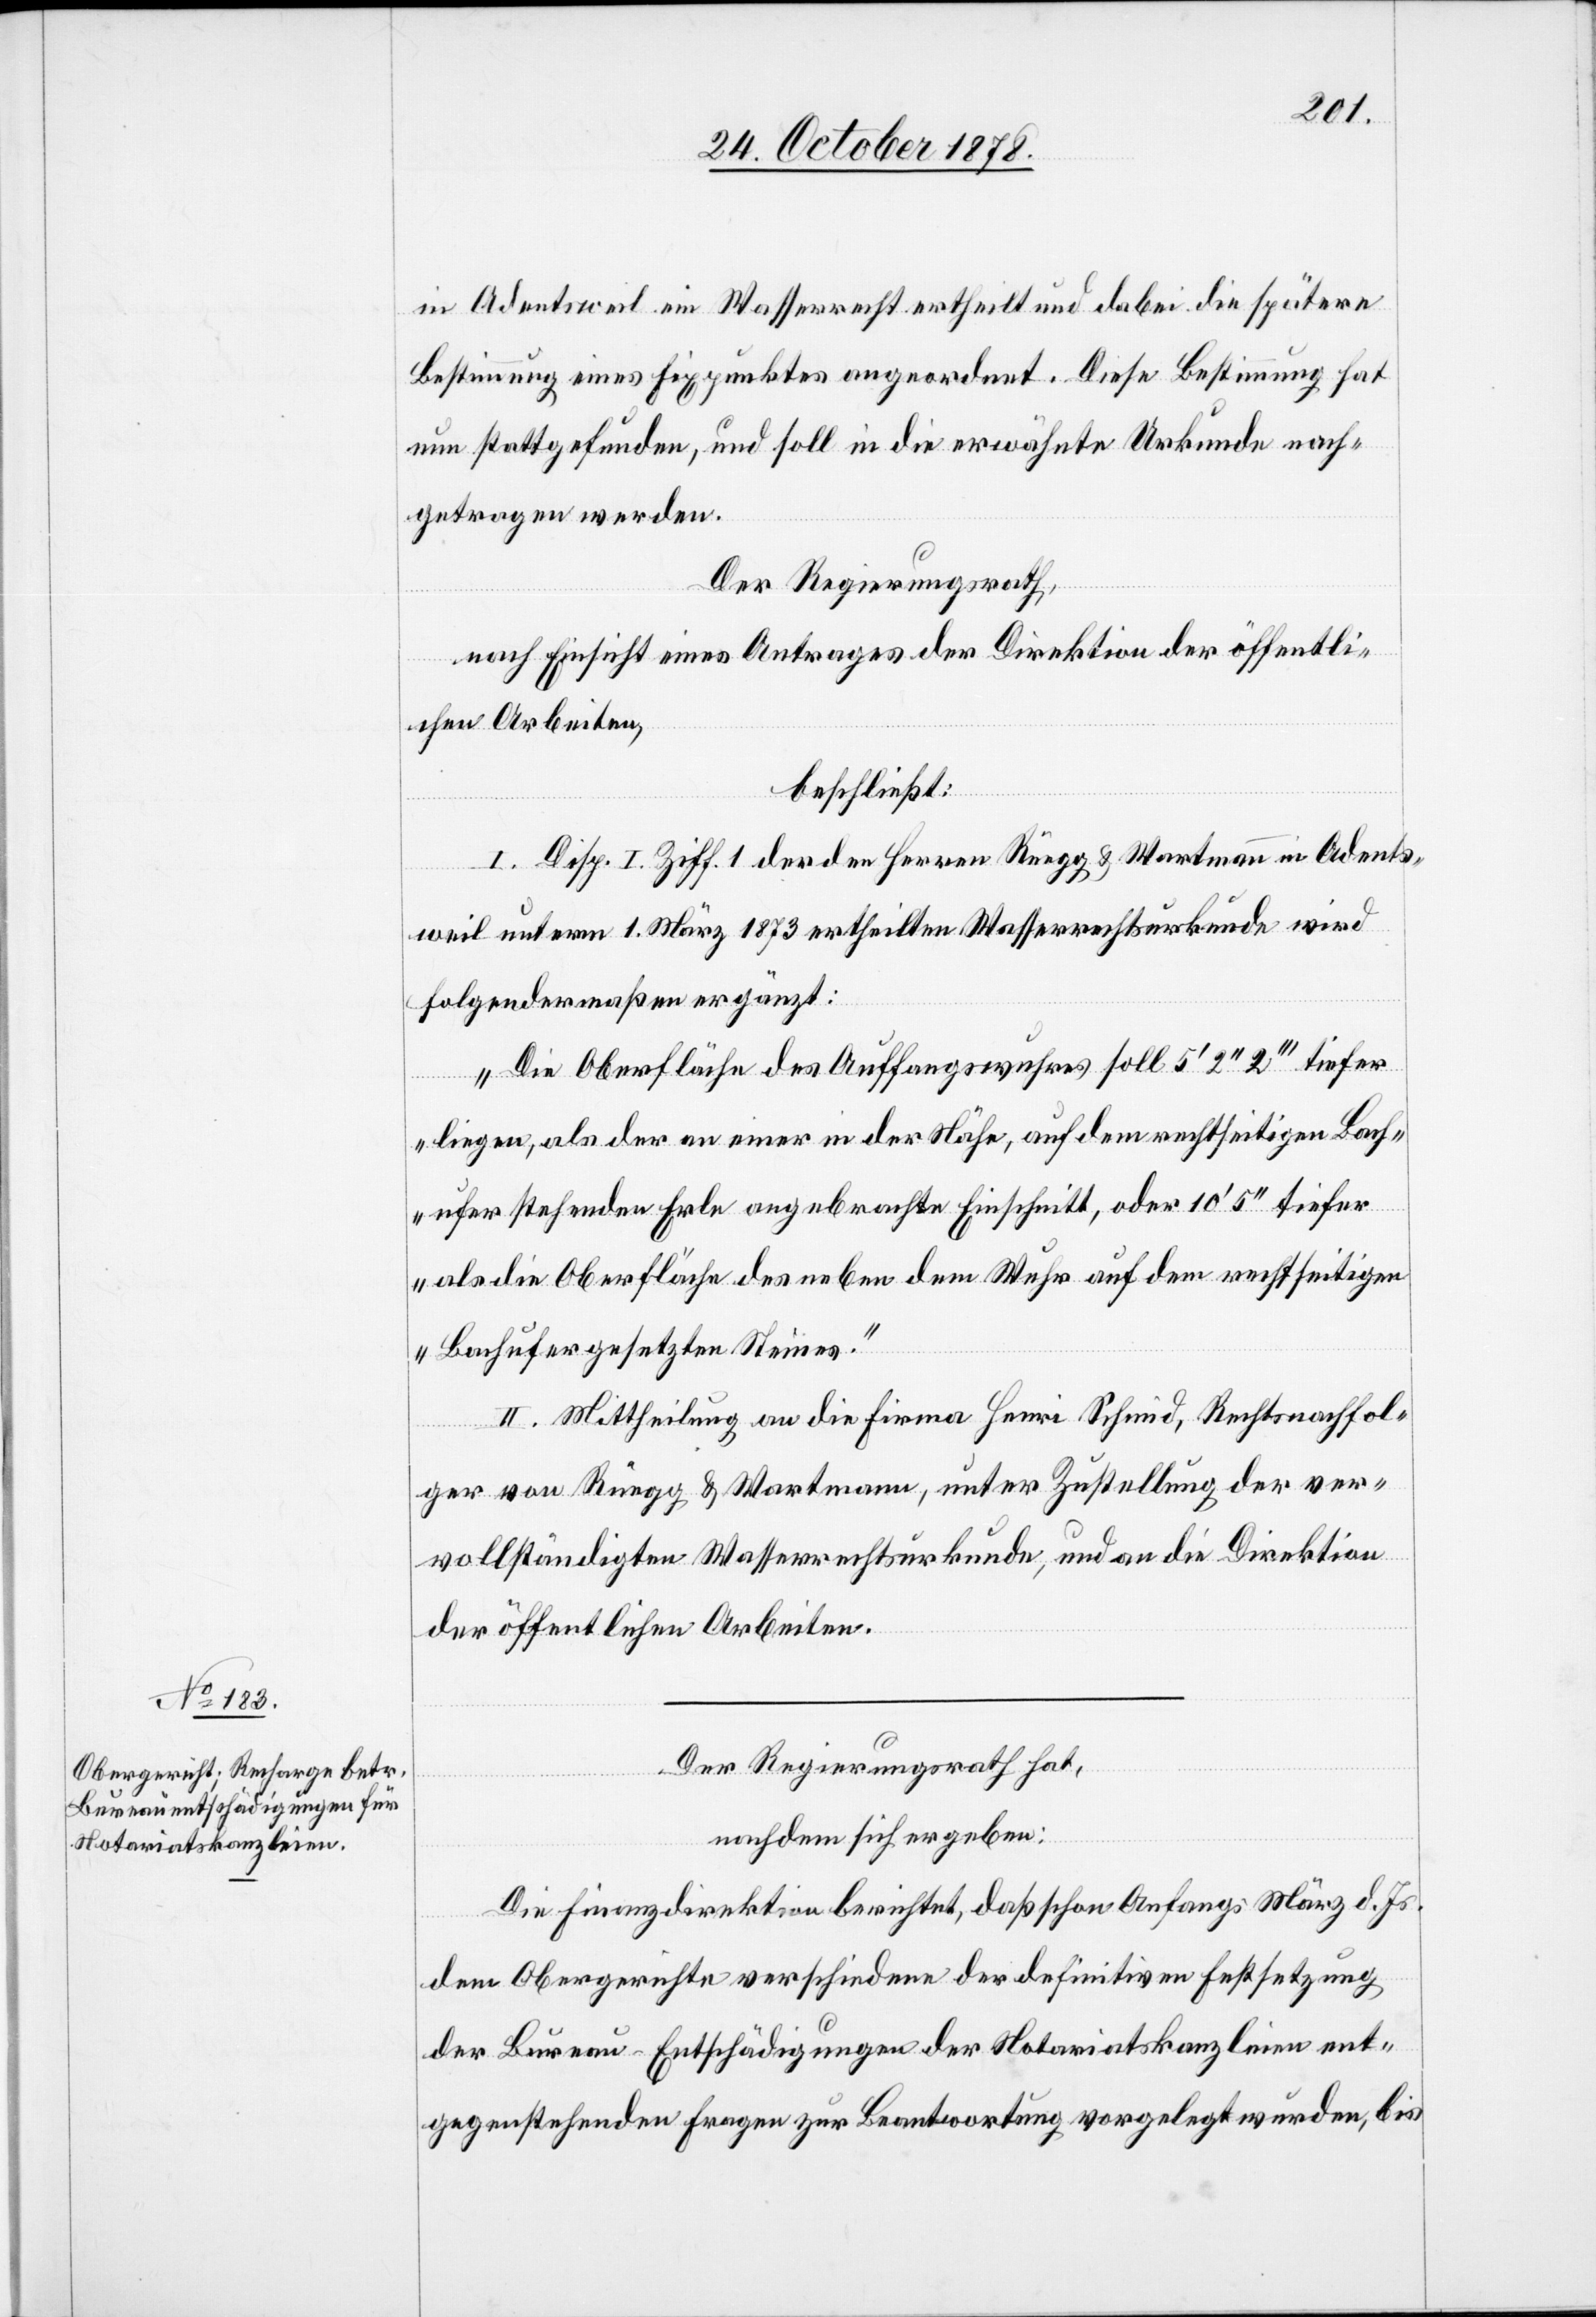
in Adentsweil ein Wasserrecht ertheilt und dabei die spätere
Bestimmung eines Fixpunktes angeordnet. Diese Bestimmung hat
nun stattgefunden, und soll in die erwähnte Urkunde nach¬
getragen werden.
Der Regierungsrath,
nach Einsicht eines Antrages der Direktion der öffentli¬
chen Arbeiten,
beschließt:
I. Disp. I. Ziff. 1 der den Herren Rüegg & Wartmann in Adents¬
weil unterm 1. März 1873 ertheilten Wasserrechtsurkunde wird
folgendermaßen ergänzt:
„Die Oberfläche des Auffangswuhres soll 5’ 2’’ 2’’’ tiefer
liegen, als der an einer in der Nähe, auf dem rechtseitigen Bach¬
ufer stehenden Erle angebrachte Einschnitt, oder 10’ 5’’ tiefer
als die Oberfläche des neben dem Wuhr auf dem rechtseitigen
Bachufer gesetzten Steines.“
II. Mittheilung an die Firma Henri Schmid, Rechtsnachfol¬
ger von Rüegg & Wartmann, unter Zustellung der ver¬
vollständigten Wasserrechtsurkunde, und an die Direktion
der öffentlichen Arbeiten.
Der Regierungsrath hat,
nachdem sich ergeben:
Die Finanzdirektion berichtet, daß schon Anfangs März d. Js.
dem Obergerichte verschiedene der definitiven Festsetzung
der Bureau-Entschädigungen der Notariatskanzleien ent¬
gegenstehenden Fragen zur Beantwortung vorgelegt wurden, bis